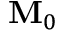
{ { \bf { M } } _ { 0 } }